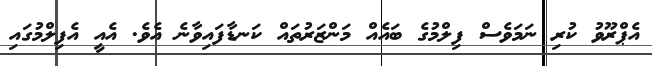
އެޕްރޫވު ކުރި ނަމަވެސް ފިލްމުގެ ބައެއް މަންޒަރުތައް ކަނޑާފައިވާނެ އެވެ. އެއީ އެފިލްމުގައި